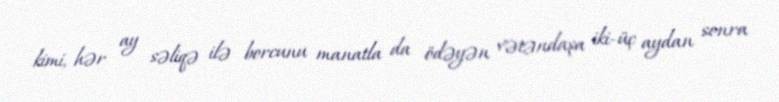
kimi, hər ay səliqə ilə borcunu manatla da ödəyən vətəndaşa iki-üç aydan sonra